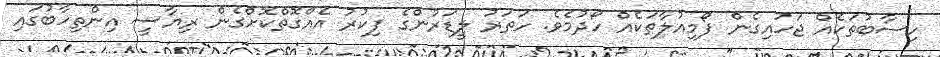
ހިސާބުތަކެއް ޖަހައިގެން ފޯމިއުލާތަކެއް ހޯދުމެވެ. ހަތަރު ލީޑަރުންގެ ފިކުރު އެއްގޮތްކޮށްގެން ރިޔާސީ އިންތިހާބުގައި